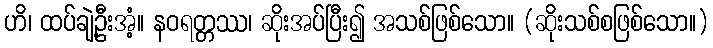
ဟိ၊ ထပ်ချဲ့ဦးအံ့။ နဝရတ္တဿ၊ ဆိုးအပ်ပြီး၍ အသစ်ဖြစ်သော။ (ဆိုးသစ်စဖြစ်သော။)